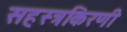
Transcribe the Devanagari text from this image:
सहस्त्रकिरणी